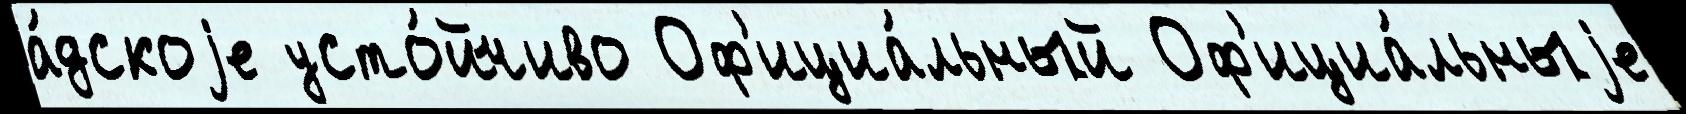
а́дскоjе усто́йчиво Оф'ициа́льный Оф'ициа́льныjе